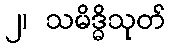
၂၊ သမိဒ္ဓိသုတ်